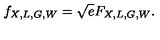
f _ { X , L , G , W } = \sqrt { e } F _ { X , L , G , W } .